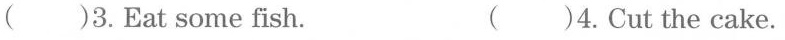
( )3.Eat some fish. ( )4.Cut the cake.